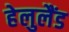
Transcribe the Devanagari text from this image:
हेलुलैंड